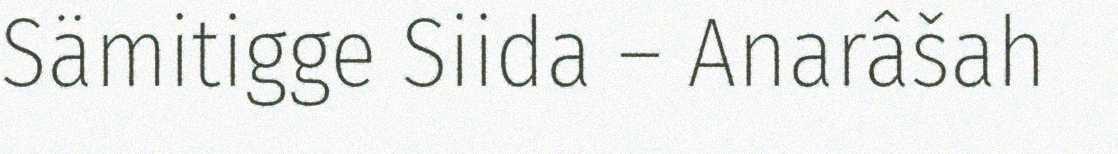
Sämitigge Siida – Anarâšah